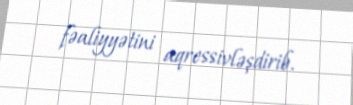
fəaliyyətini aqressivləşdirib.